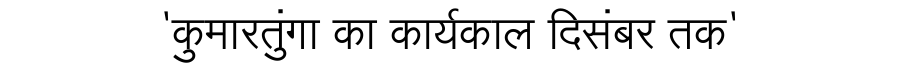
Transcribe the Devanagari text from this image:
'कुमारतुंगा का कार्यकाल दिसंबर तक'